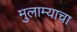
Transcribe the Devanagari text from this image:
मुलाम्याचा